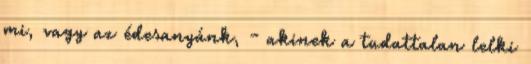
mi, vagy az édesanyánk, - akinek a tudattalan lelki